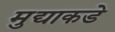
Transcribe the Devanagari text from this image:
मुद्याकडे